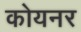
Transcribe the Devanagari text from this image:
कोयनर